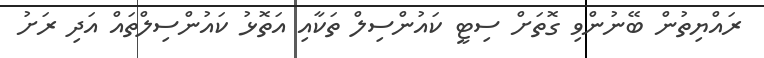
ރައްޔިތުން ބޭނުންވި ގޮތަށް ސިޓީ ކައުންސިލް ތަކާއި އަތޮޅު ކައުންސިލްތައް އަދި ރަށު